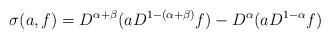
LaTeX: \begin{align*}\sigma(a,f) = D^{\alpha+\beta} ( a D^{1-(\alpha+\beta)} f ) - D^{\alpha} (a D^{1-\alpha} f )\end{align*}